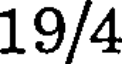
19/4